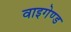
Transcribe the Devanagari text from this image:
वाइगेण्ड